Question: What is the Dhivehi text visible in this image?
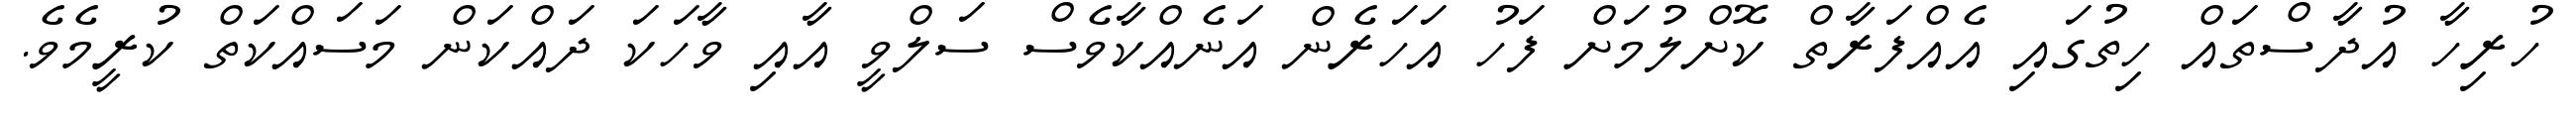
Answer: ހުރިހާ އުދާސްތައް ހިތުގައި އެއްފަރާތް ކޮށްލުމަށް ފަހު އަހަރެން އަނެއްކާވެސް ސަލްވީ އާއި ވާހަކަ ދައްކަން މަސައްކަތް ކުރީމެވެ.